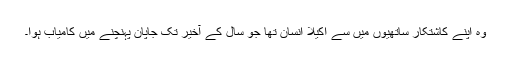
وہ اپنے کاشتکار ساتھیوں میں سے اکیلا انسان تھا جو سال کے آخیر تک جاپان پہنچنے میں کامیاب ہوا۔